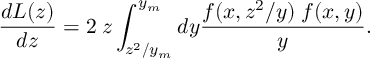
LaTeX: \frac { d { \cal L } ( z ) } { d z } = 2 \; z \int _ { z ^ { 2 } / y _ { m } } ^ { y _ { m } } d y \frac { f ( x , z ^ { 2 } / y ) \; f ( x , y ) } { y } .